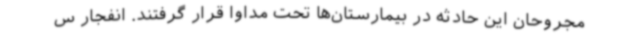
مجروحان این حادثه در بیمارستان‌ها تحت مداوا قرار گرفتند. انفجار س